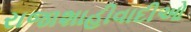
રાજાશાહીવાદીઓ